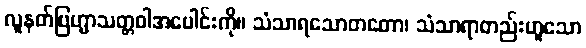
လူနတ်ဗြဟ္မာသတ္တဝါအပေါင်းကို။ သံသာရသောတတော၊ သံသာရာတည်းဟူသော